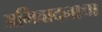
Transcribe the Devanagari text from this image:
अभिवादनाचा